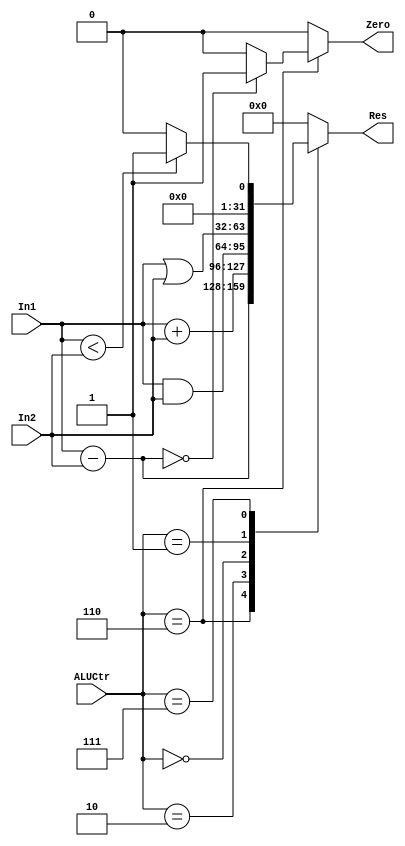
`timescale 1ns / 1ps

module ALU (
    input signed [31:0] In1,
    input signed [31:0] In2,  
    input [3:0] ALUCtr,
    output reg [31:0] Res,
    output reg Zero
);

always @(In1 or In2 or ALUCtr) begin
    case (ALUCtr)
        4'b0110://sub
        begin
        Res = In1 - In2; 
        Zero = (Res == 0) ? 1 : 0;
        // only sub needs Zero be 1
        end

        4'b0010://add
        begin
        Res = In1 + In2; 
        Zero = 0;
        end

        4'b0000://and
        begin
        Res = In1 & In2; 
        Zero = 0;
        end

        4'b0001://or
        begin
        Res = In1 | In2; 
        Zero = 0;
        end

        4'b0111://slt
        begin
        Res = (In1 < In2) ? 1 : 0; 
        Zero = 0;
        end

        default: 
        begin
        Res = 0;
        Zero = 0;
        end
    endcase
end  
endmodule